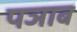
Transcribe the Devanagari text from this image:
पञाब